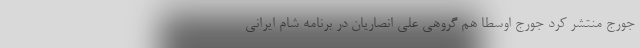
جورج منتشر کرد جورج اوسطا هم گروهی علی انصاریان در برنامه شام ایرانی